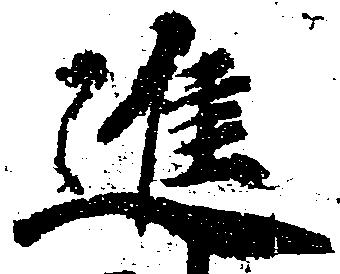
進